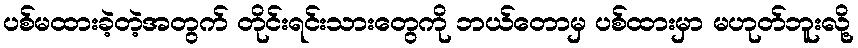
ပစ်မထားခဲ့တဲ့အတွက် တိုင်းရင်းသားတွေကို ဘယ်တောမှ ပစ်ထားမှာ မဟုတ်ဘူးလို့